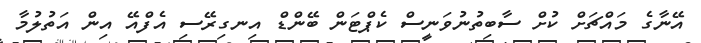
އޭނާގެ މައްޗަށް ކުށް ސާބިތުނުވަނީސް ކެޕްޓަން ބޭންޑް އިނގިރޭސި އެފްއޭ އިން އަތުލުމާ